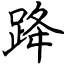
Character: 跭